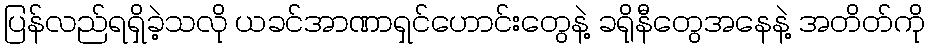
ပြန်လည်ရရှိခဲ့သလို ယခင်အာဏာရှင်ဟောင်းတွေနဲ့ ခရိုနီတွေအနေနဲ့ အတိတ်ကို